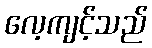
လေ့ကျင့်သည်